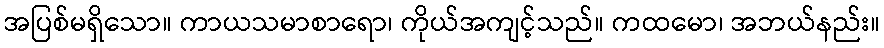
အပြစ်မရှိသော။ ကာယသမာစာရော၊ ကိုယ်အကျင့်သည်။ ကထမော၊ အဘယ်နည်း။